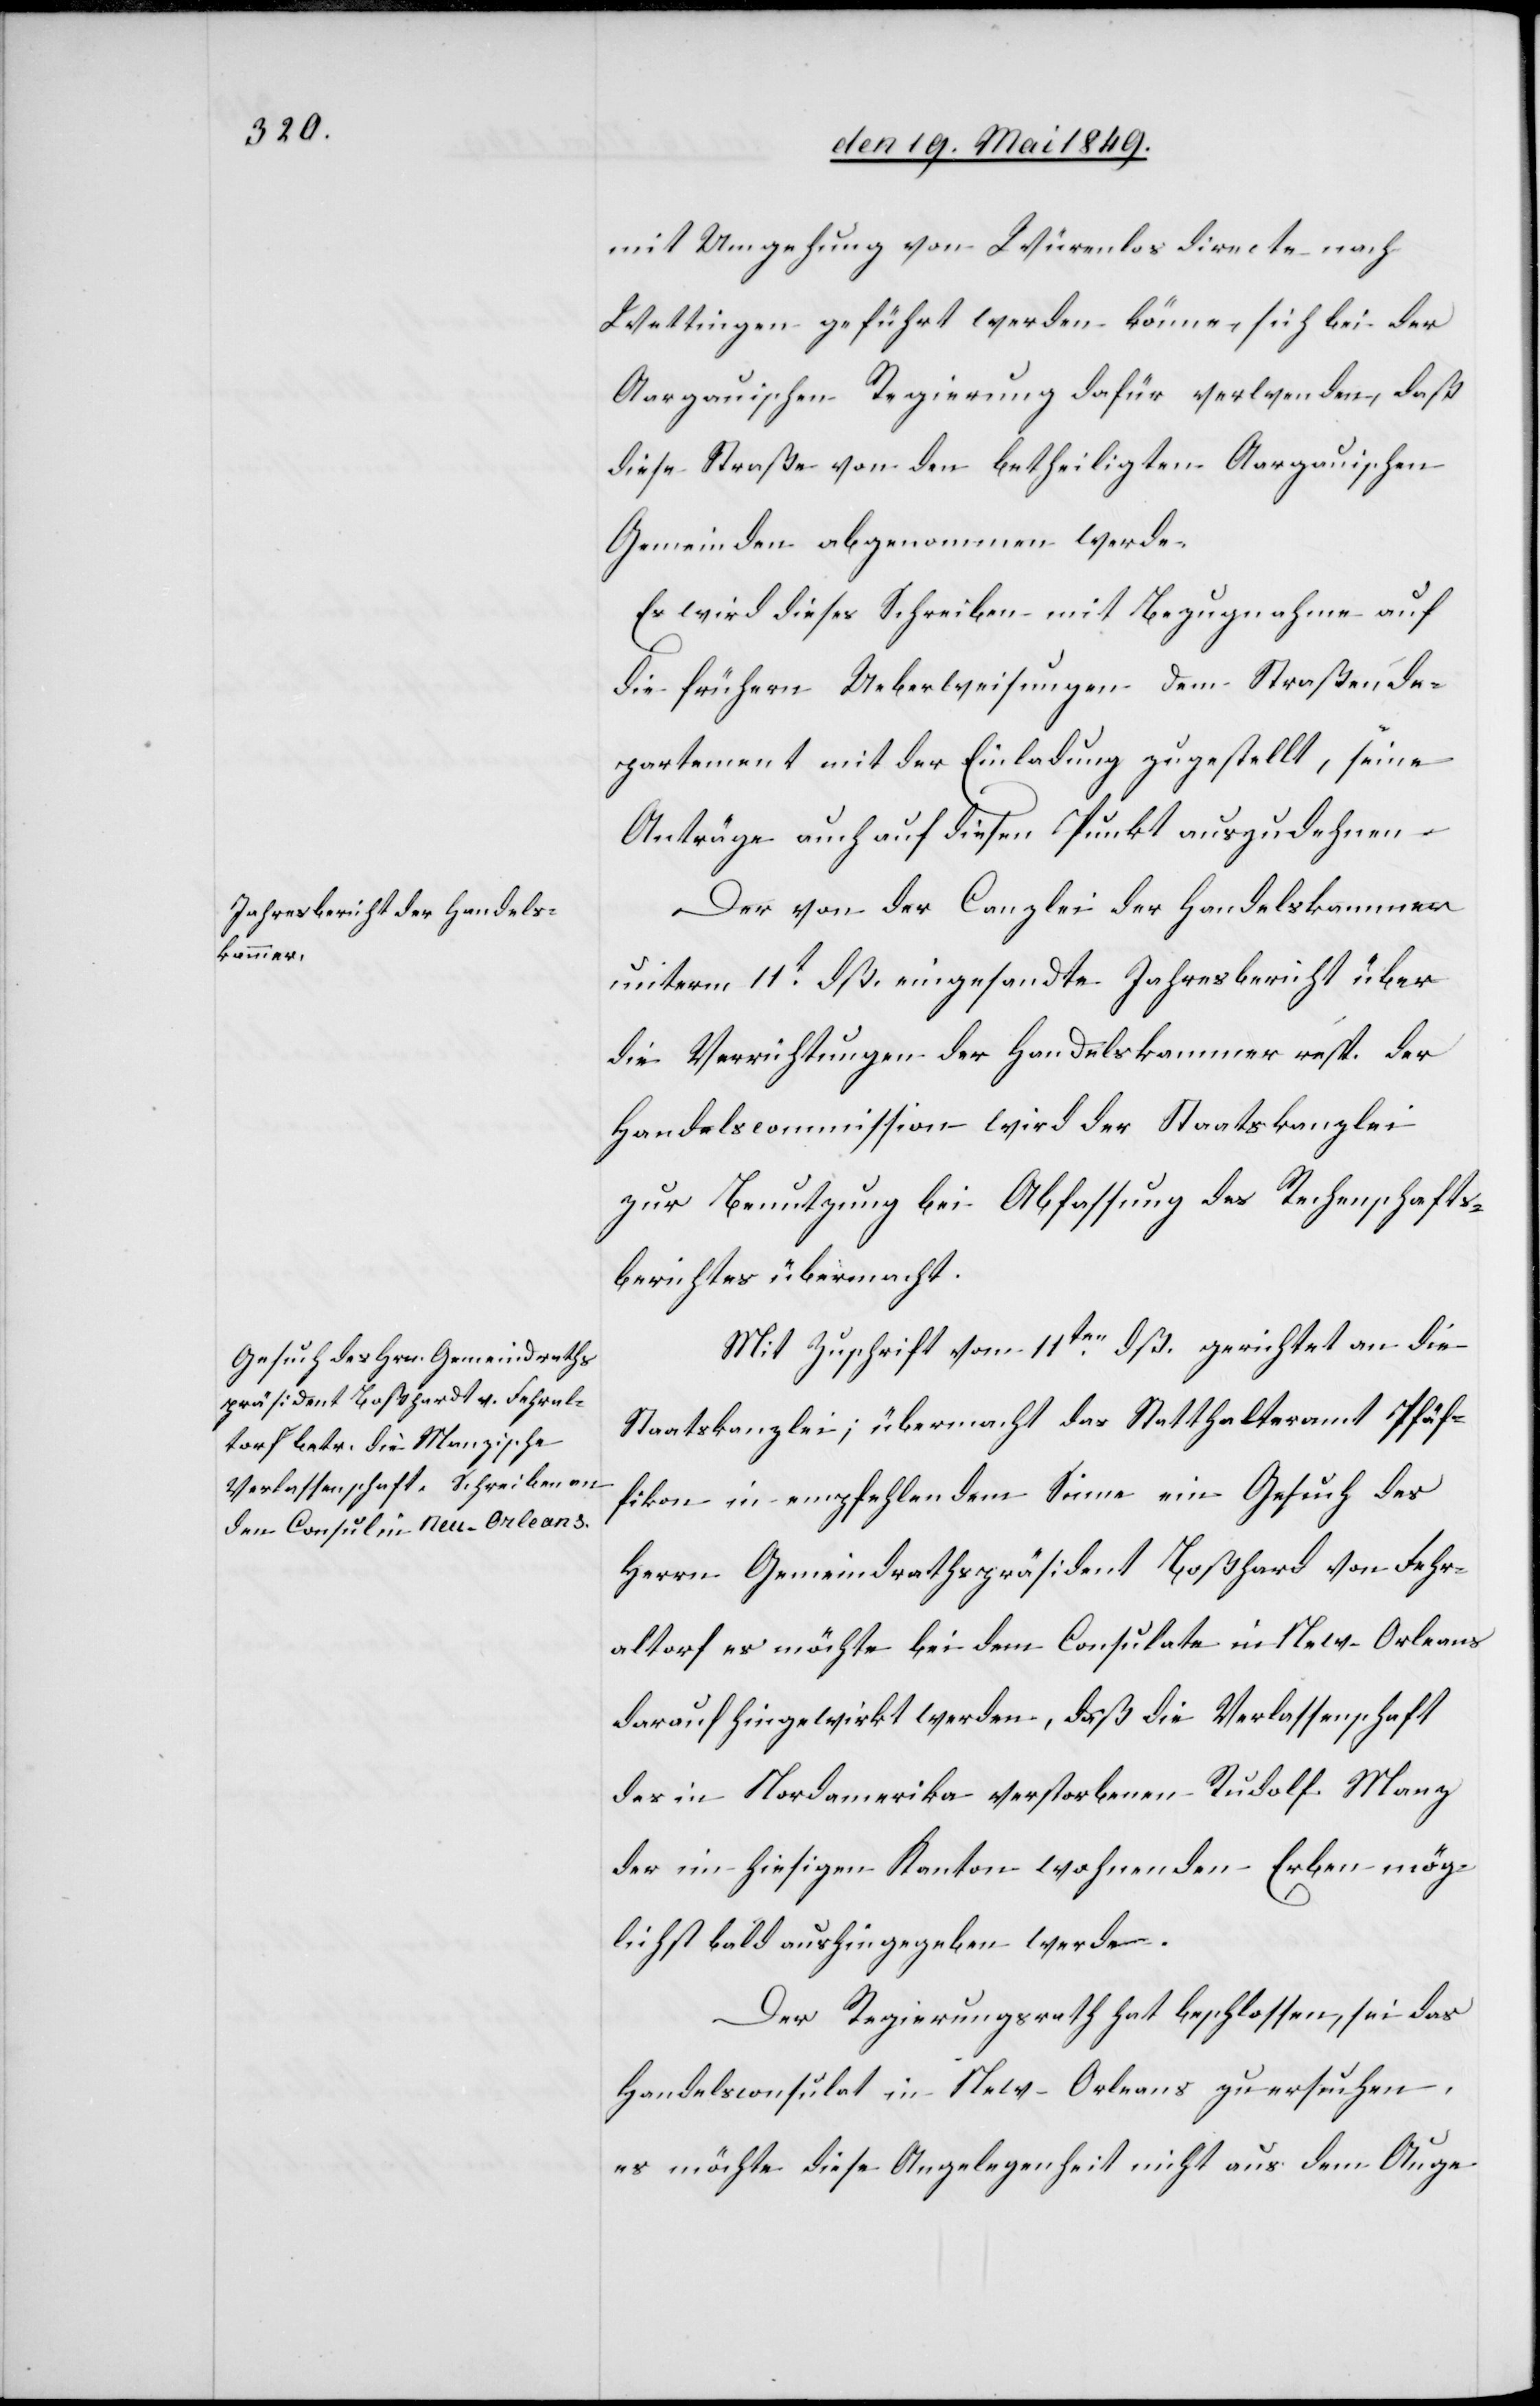
mit Umgehung von Würenlos directe nach
Wettingen geführt werden könne, sich bei der
Aargauischen Regierung dafür verwenden, daß
diese Straße von den betheiligten Aargauischen
Gemeinden abgenommen werde.
Es wird dieses Schreiben mit Bezugnahme auf
die frühern Ueberweisungen dem Straßende¬
partement mit der Einladung zugestellt, seine
Anträge auch auf diesen Punkt auszudehnen.
Der von der Canzlei der Handelskammer
unterm 11t dß. eingesandte Jahresbericht über
die Verrichtungen der Handelskammer resp. der
Handelscommission wird der Staatskanzlei
zur Benutzung bei Abfassung des Rechenschafts¬
berichtes übermacht.
Mit Zuschrift vom 11ten dß. gerichtet an die
Staatskanzlei, übermacht das Statthalteramt Pfäff¬
ikon in empfehlendem Sinne ein Gesuch des
Herrn Gemeindrathspräsident Boßhard [sic!] von Fehr¬
altorf es möchte bei dem Consulate in New-Orleans
darauf hingewirkt werden, daß die Verlassenschaft
des in Nordamerika verstorbenen Rudolf Manz
der im hiesigen Kanton wohnenden Erben mög¬
lichst bald aushingegeben werde.
Der Regierungsrath hat beschlossen, sei das
Handelsconsulat in New-Orleans zu ersuchen,
es möchte diese Angelegenheit nicht aus dem Auge